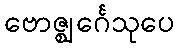
ဗောဇ္ဈင်္ဂေသုပေ